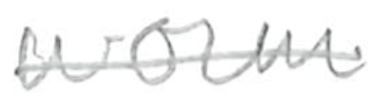
Text: worm
Cross-out: mix
Writing tool: pencil